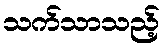
သက်သာသည့်